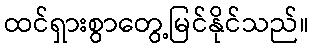
ထင်ရှားစွာတွေ့မြင်နိုင်သည်။